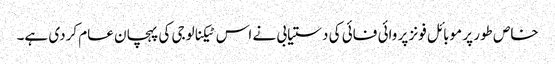
خاص طور پر موبائل فونز پر وائی فائی کی دستیابی نے اس ٹیکنالوجی کی پہچان عام کردی ہے۔